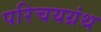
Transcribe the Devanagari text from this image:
परिचयग्रंथ